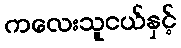
ကလေးသူငယ်နှင့်